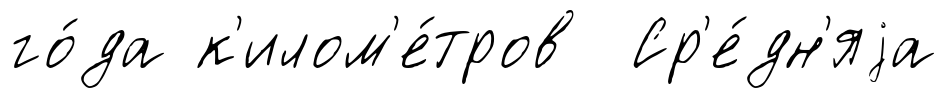
го́да к'илом'е́тров Ср'е́дн'яjа